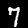
Digit: 7